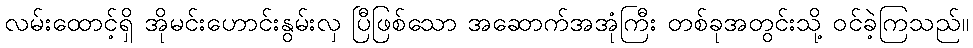
လမ်းထောင့်ရှိ အိုမင်းဟောင်းနွမ်းလှ ပြီဖြစ်သော အဆောက်အအုံကြီး တစ်ခုအတွင်းသို့ ဝင်ခဲ့ကြသည်။